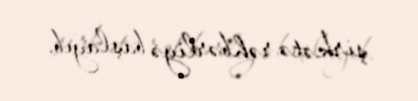
şirkətə rəhbərliyə başlayıb.